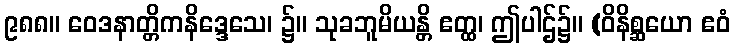
၉၈၈။ ဝေဒနာတ္တိကနိဒ္ဒေသေ၊ ၌။ သုခဘူမိယန္တိ ဧတ္ထ၊ ဤပါဌ်၌။ (ဝိနိစ္ဆယော ဧဝံ